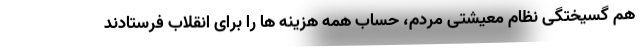
هم گسیختگی نظام معیشتی مردم، حساب همه هزینه ها را برای انقلاب فرستادند